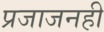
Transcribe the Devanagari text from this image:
प्रजाजनही